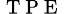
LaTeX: _{\mathrm{~T~P~E~}}